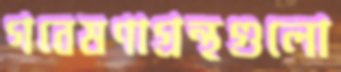
গবেষণাগ্রন্থগুলো